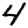
Digit: 4